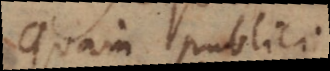
quam publici.